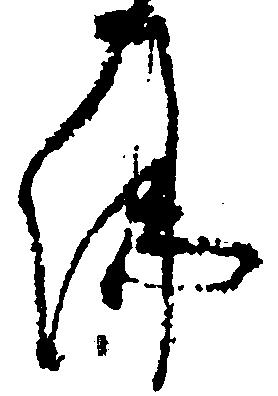
仏